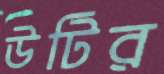
উটির